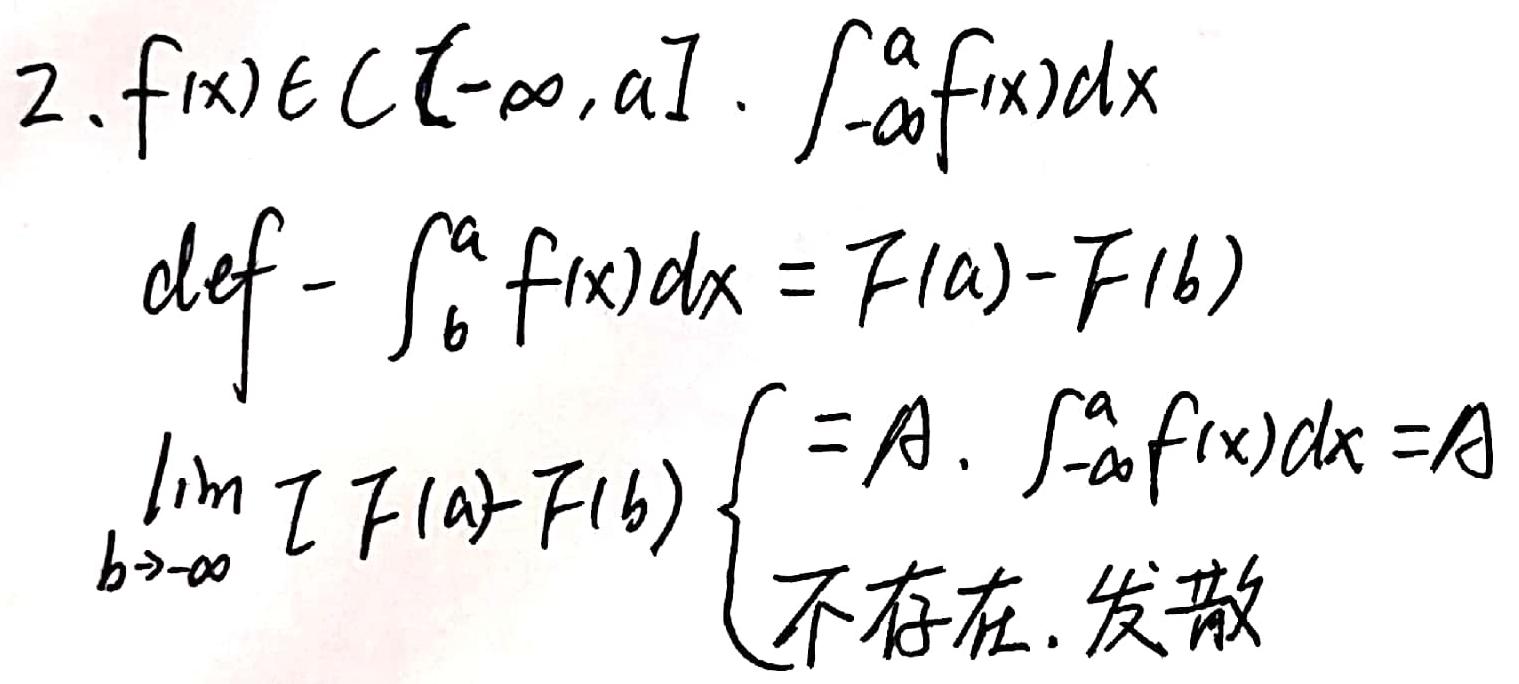
2.$f(x)\inC(-\infty,a]$.$\int_{-\infty}^{a}f(x)dx$
def-$\int_{b}^{a}f(x)dx=F(a)-F(b)$
$\lim_{b\to-\infty}[F(a)-F(b)]\begin{cases}=A,int_{-\infty}^{a}f(x)dx=A\text{不存在.发散}\end{cases}$